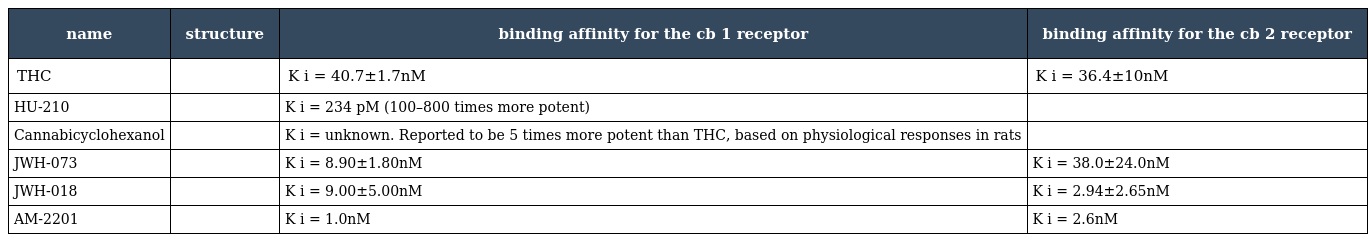
| name | structure | binding affinity for the cb 1 receptor | binding affinity for the cb 2 receptor |
 | --- | --- | --- | --- |
 | THC |  | K i = 40.7±1.7nM | K i = 36.4±10nM |
 | HU-210 |  | K i = 234 pM (100–800 times more potent) |  |
 | Cannabicyclohexanol |  | K i = unknown. Reported to be 5 times more potent than THC, based on physiological responses in rats |  |
 | JWH-073 |  | K i = 8.90±1.80nM | K i = 38.0±24.0nM |
 | JWH-018 |  | K i = 9.00±5.00nM | K i = 2.94±2.65nM |
 | AM-2201 |  | K i = 1.0nM | K i = 2.6nM |